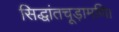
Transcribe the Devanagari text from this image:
सिद्धांतचूड़ामणि।